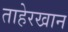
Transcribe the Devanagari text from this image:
ताहेरखान